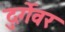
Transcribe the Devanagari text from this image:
दुर्गेवर